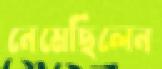
নেমেছিলেন